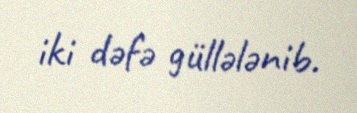
iki dəfə güllələnib.